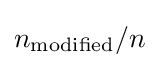
n_{\mathrm {modified} }/n